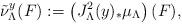
LaTeX: \begin{align*}\tilde{\nu}_{\Lambda}^y(F):=\left(J_{\Lambda}^2(y)_*\mu_{\Lambda}\right)(F),\end{align*}